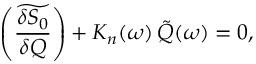
\left( \widetilde { \frac { \delta S _ { 0 } } { \delta Q } } \right) + K _ { n } ( \omega ) \, \tilde { Q } ( \omega ) = 0 ,